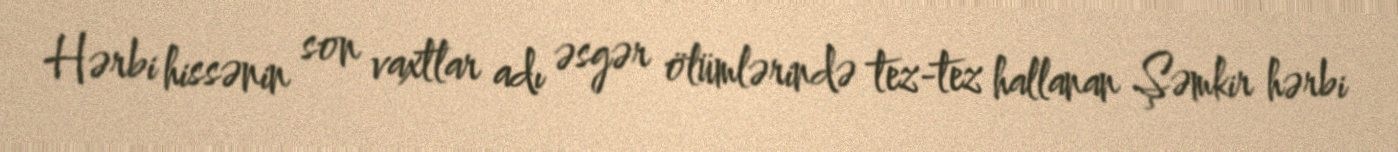
Hərbi hissənin son vaxtlar adı əsgər ölümlərində tez-tez hallanan Şəmkir hərbi